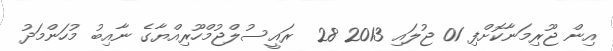
އިން ޖޫރިމަނާކޮށްފި 01 ޖުލައި 2013 28  ރައީސުލްޖުމްހޫރިއްޔާގެ ނާއިބު މުހަންމަދު